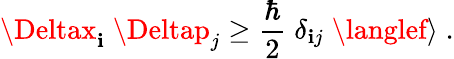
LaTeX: \Deltax_{\mathbf{i}}\; \Deltap_{j}\ge\frac{{\hbar}}{{2}}\; \delta_{\mathbf{i}j}\; \langlef\rangle\; .